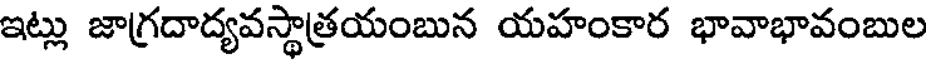
ఇట్లు జాగ్రదాద్యవస్థాత్రయంబున యహంకార భావాభావంబుల